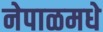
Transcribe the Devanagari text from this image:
नेपाळमधे